Scottish Leaving Certificate Examination, 1952
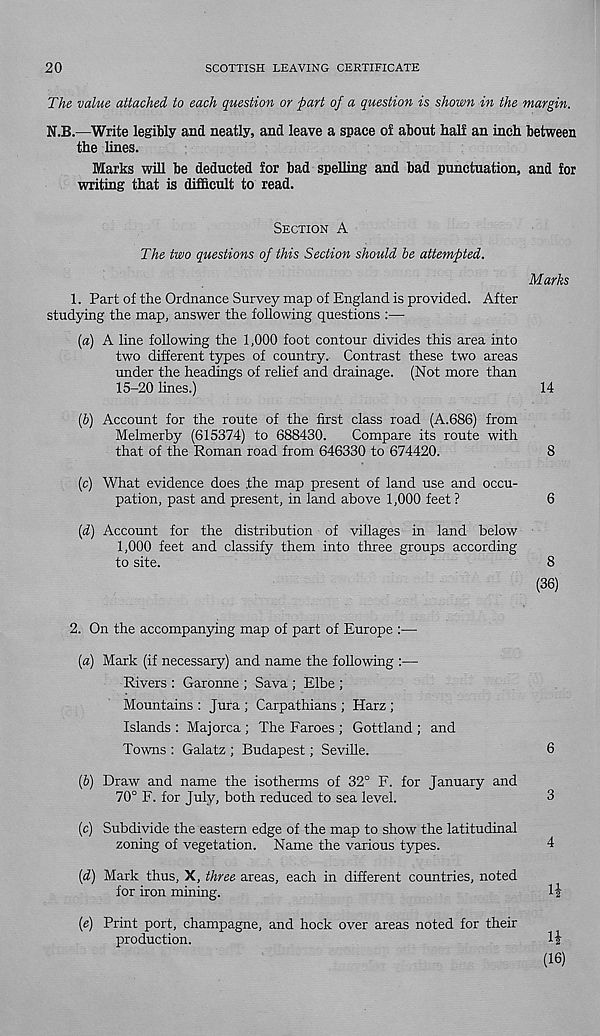
20
SCOTTISH LEAVING CERTIFICATE
The value attached to each question or part of a question is shown in the margin.
N.B.—Write legibly and neatly, and leave a space of about half an inch between
the lines.
Marks will be deducted for bad spelling and bad punctuation, and for
writing that is difficult to read.
SECTION A
The two questions of this Section should he attempted.
Marks
1. Part of the Ordnance Survey map of England is provided. After
studying the map, answer the following questions :—
(a) A line following the 1,000 foot contour divides this area into
two different types of country. Contrast these two areas
under the headings of relief and drainage. (Not more than
15-20 lines.)
14
(b) Account for the route of the first class road (A.686) from
Melmerby (615374) to 688430.
Compare its route with
that of the Roman road from 646330 to 674420.
8
(c) What evidence does .the map present of land use and occu-
pation, past and present, in land above 1,000 feet ?
6
(d) Account for the distribution of villages in land below
1,000 feet and classify them into three groups according
to site.
8
(36)
2. On the accompanying map of part of Europe :—
(a) Mark (if necessary) and name the following :—
Rivers : Garonne ; Sava ; Elbe ;
Mountains : Jura ; Carpathians ; Harz ;
Islands : Majorca ; The Faroes ; Gottland ; and
Towns : Galatz ; Budapest; Seville.
6
(b) Draw and name the isotherms of 32° F. for January and
70° F. for July, both reduced to sea level.
3
(c) Subdivide the eastern edge of the map to show the latitudinal
zoning of vegetation. Name the various types.
4
(d) Mark thus, X, three areas, each in different countries, noted
for iron mining.
(e) Print port, champagne, and hock over areas noted for their
production.
H
(16)